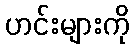
ဟင်းများကို